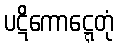
ပဋိကောဋ္ဋေတုံ